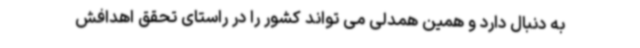
به دنبال دارد و همین همدلی می تواند کشور را در راستای تحقق اهدافش